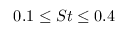
0 . 1 \leq S t \leq 0 . 4